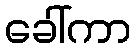
ခေါ်ကာ